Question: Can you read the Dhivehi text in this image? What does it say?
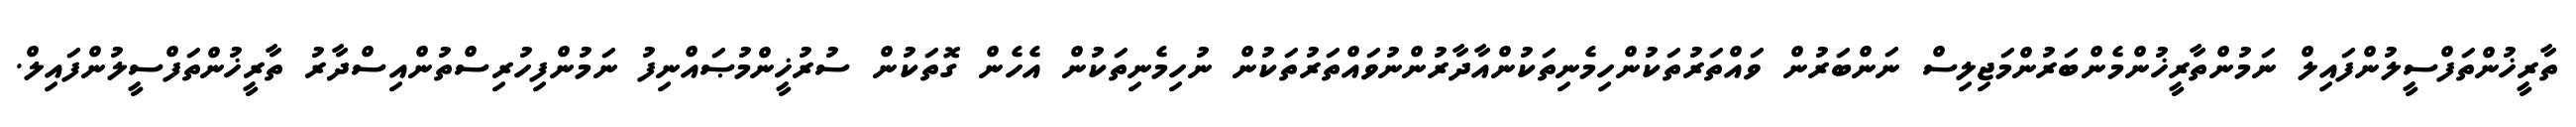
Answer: ތާރީޚުންތަފްސީލުންފައިލް ނަމުންތާރީޚުންމެންބަރުންމަޖިލިސް ނަންބަރުން ވައްތަރުތަކުންހިމެނިތަކުންއާދާރުންނުވައްތަރުތަކުން ނުހިމެނިތަކުން އެހެން ގޮތަކުން ސުރުޚީންމުޞައްނިފު ނަމުންފިހުރިސްތުންއިސްދާރު ތާރީޚުންތަފްސީލުންފައިލް.